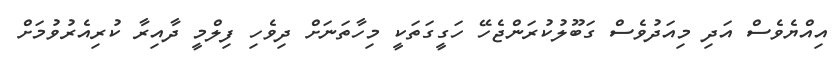
އިއްޔެވެސް އަދި މިއަދުވެސް ގަބޫލުކުރަންޖެހޭ ހަގީގަތަކީ މިހާތަނަށް ދިވެހި ފިލްމީ ދާއިރާ ކުރިއެރުވުމަށް